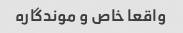
واقعا خاص و موندگاره